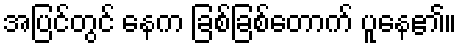
အပြင်တွင် နေက ခြစ်ခြစ်တောက် ပူနေ၏။